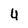
Character: 4